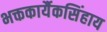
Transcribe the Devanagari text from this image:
भक्तकार्यैकसिंहाय